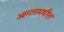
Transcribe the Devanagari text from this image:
आम्लामधील